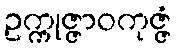
ဥက္ကုဇ္ဇာဝကုဇ္ဇံ